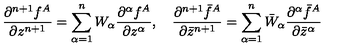
\frac { \partial ^ { n + 1 } f ^ { A } } { \partial z ^ { n + 1 } } = \sum _ { \alpha = 1 } ^ { n } W _ { \alpha } \frac { \partial ^ { \alpha } f ^ { A } } { \partial z ^ { \alpha } } , \quad \frac { \partial ^ { n + 1 } \bar { f } ^ { A } } { \partial \bar { z } ^ { n + 1 } } = \sum _ { \alpha = 1 } ^ { n } \bar { W } _ { \alpha } \frac { \partial ^ { \alpha } \bar { f } ^ { A } } { \partial \bar { z } ^ { \alpha } }